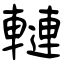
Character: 轋